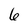
Character: 6